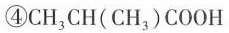
④CH_{3}CH(CH_{3})COOH